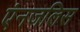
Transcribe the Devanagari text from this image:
एंनजलिस